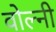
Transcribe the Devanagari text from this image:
वोल्नी